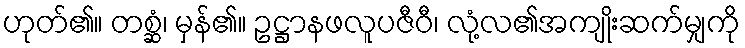
ဟုတ်၏။ တစ္ဆံ၊ မှန်၏။ ဥဋ္ဌာနဖလူပဇီဝီ၊ လုံ့လ၏အကျိုးဆက်မျှကို